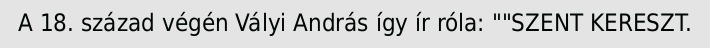
A 18. század végén Vályi András így ír róla: ""SZENT KERESZT.